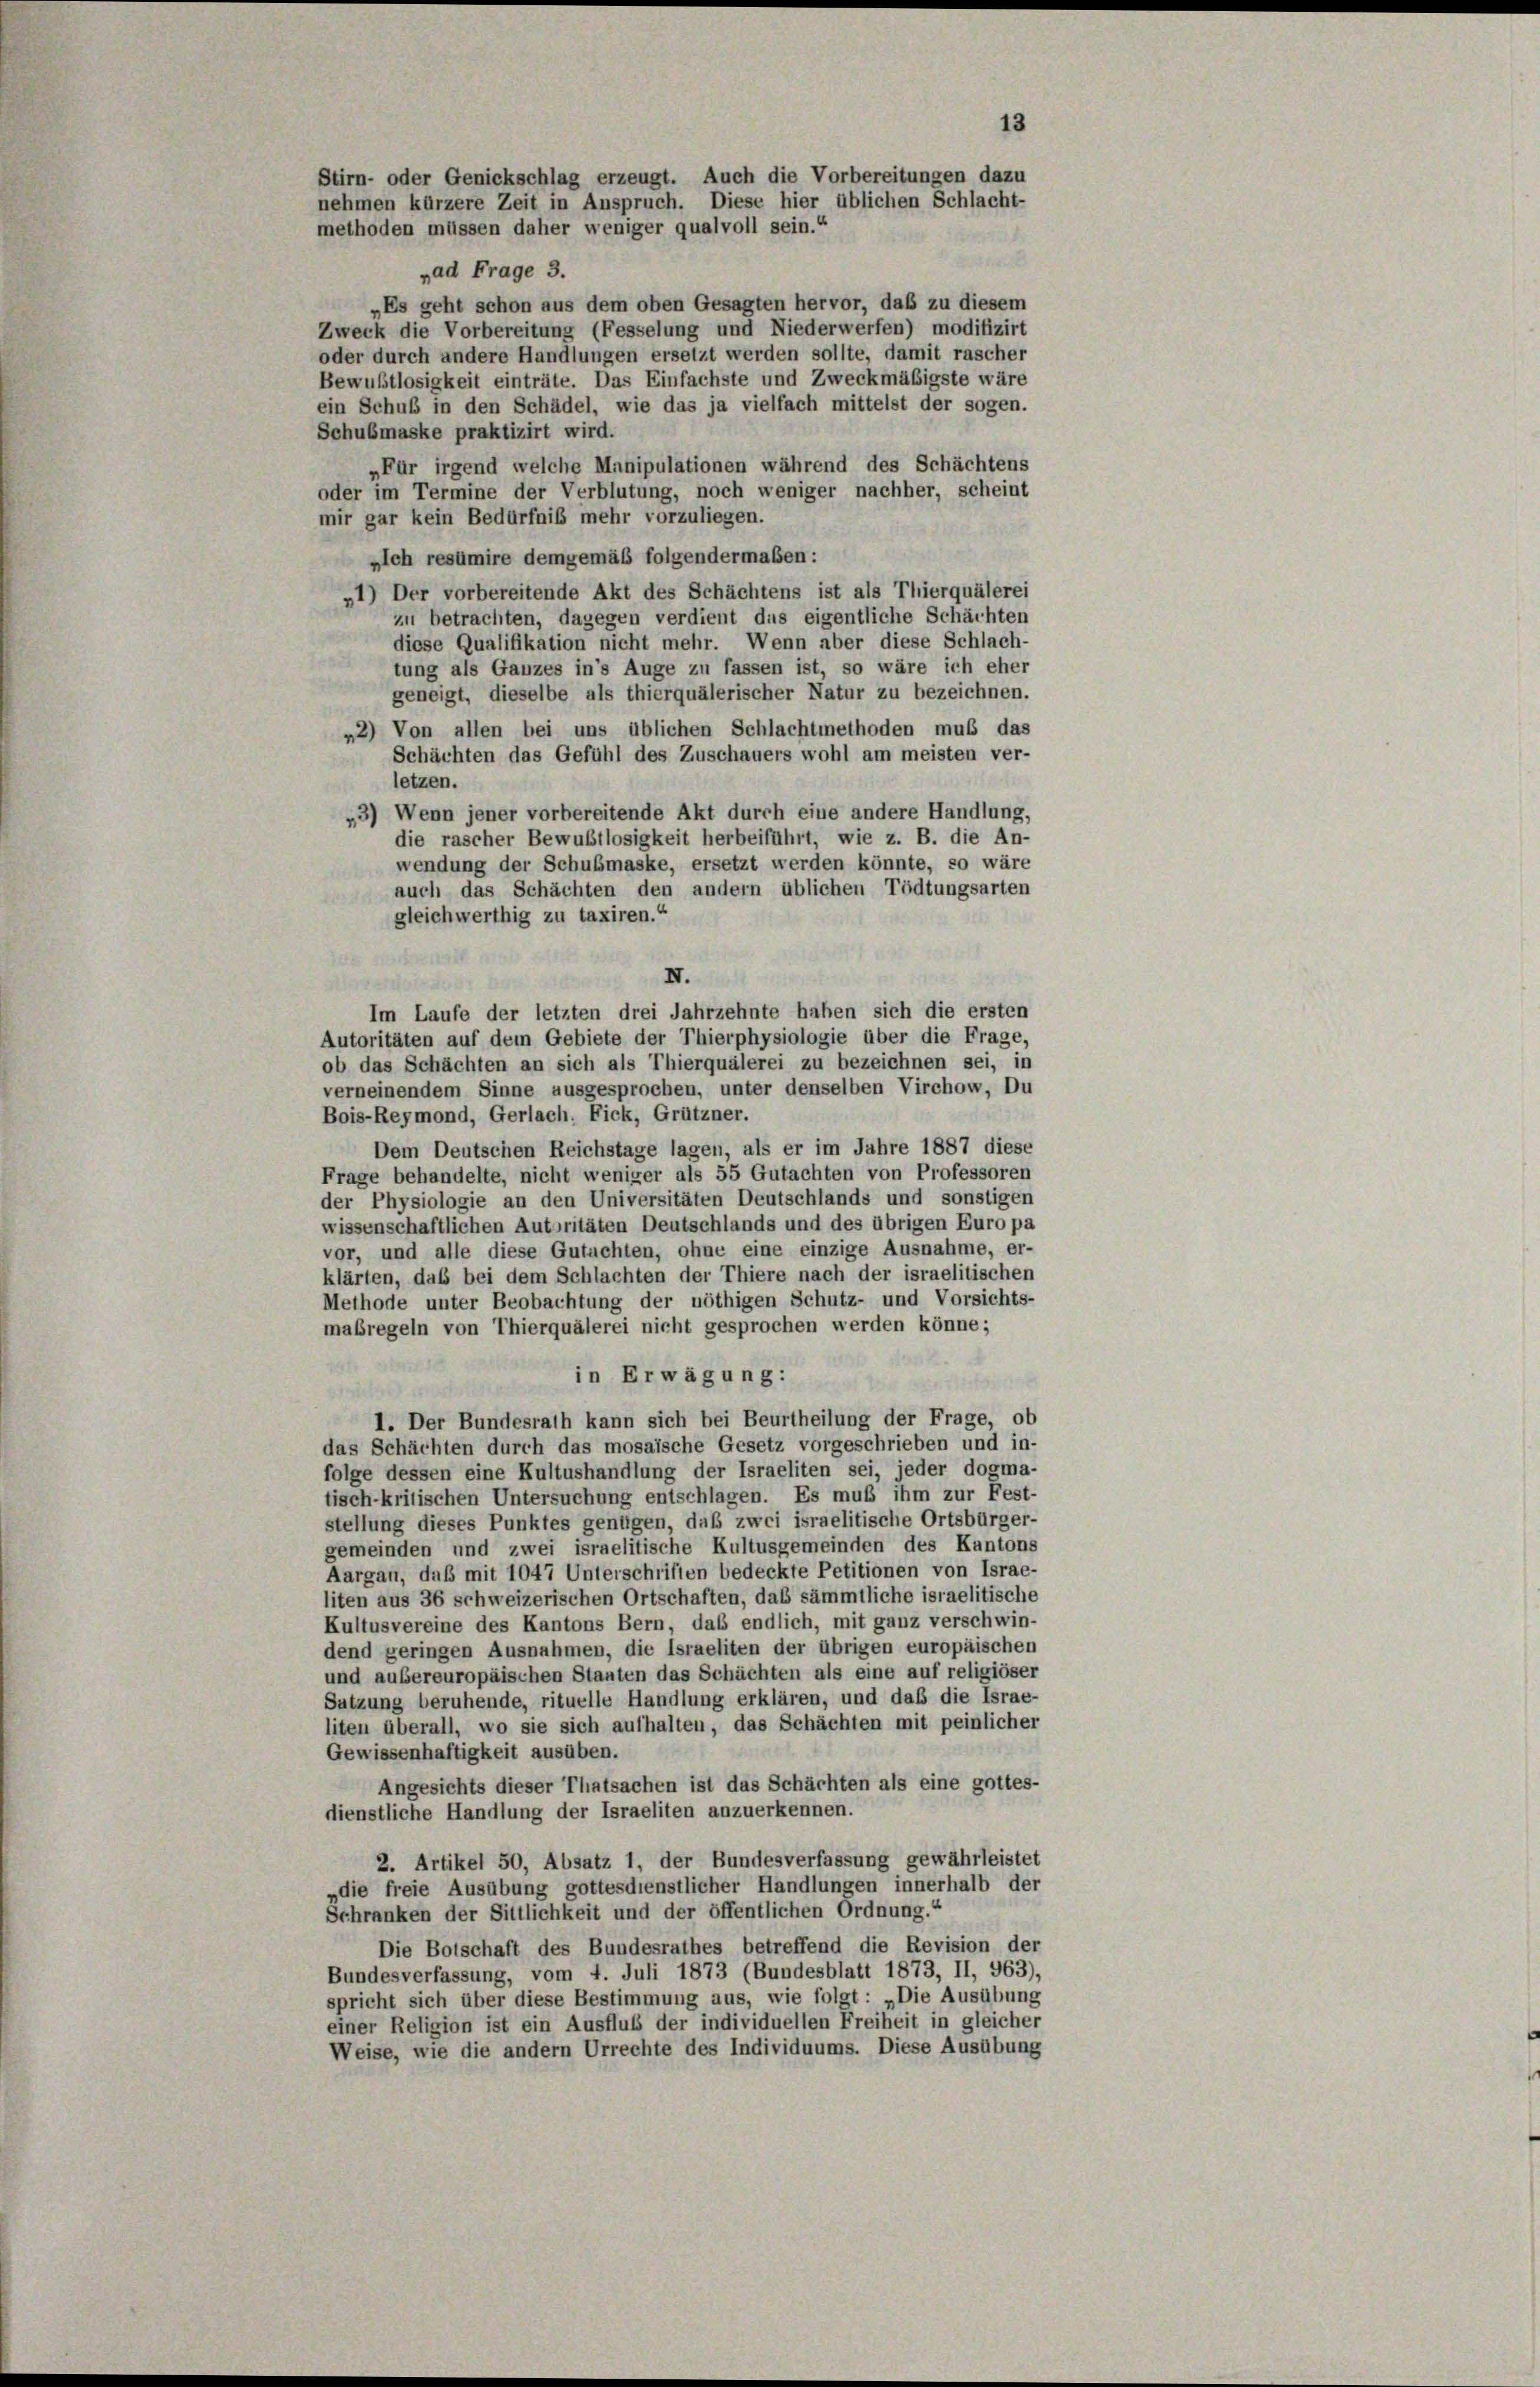
13
Stirn- oder Genickschlag erzeugt. Auch die Vorbereitungen dazu
nehmen kürzere Zeit in Anspruch. Diese hier üblichen Schlacht-
methoden müssen daher weniger qualvoll sein.“
„ad Frage 3.

„Es geht schon aus dem oben Gesagten hervor, daß zu diesem
Zweck die Vorbereitung (Fesselung und Niederwerfen) modifizirt
oder durch andere Handlungen ersetzt werden sollte, damit rascher
Bewußtlosigkeit einträte. Das Einfachste und Zweckmäßigste wäre
ein Schub in den Schädel, wie das ja vielfach mittelst der sogen.
Schubmaske praktizirt wird.
„Für irgend welche Manipulationen während des Schächtens
oder im Termine der Verblutung, noch weniger nachher, scheint
mir gar kein Bedürfniß mehr vorzuliegen.
»Ich resümire demgemäß folgendermaßen:
»1) Der vorbereitende Akt des Schächtens ist als Thierquälerei
zu betrachten, dagegen verdient dus eigentliche Schächten
diese Qualifikation nicht mehr. Wenn aber diese Schlach-
tung als Ganzes in’s Auge zu fassen ist, so wäre ich eher
geneigt, dieselbe als thierquälerischer Natur zu bezeichnen.
*2) Von allen bei uns üblichen Schlachtmethoden muß das
Schächten das Gefühl des Zuschauers wohl am meisten ver-
letzen.
"3) Wenn jener vorbereitende Akt durch eine andere Handlung,
die rascher Bewußtlosigkeit herbeiführt, wie z. B. die An-
wendung der Schubsmaske, ersetzt werden könnte, so wäre
auch das Schächten den andern üblichen Tödtungsarten
gleichwerthig zu taxiren.“
IV.
Im Laufe der letzten drei Jahrzehnte haben sich die ersten
Autoritäten auf dem Gebiete der Thierphysiologie über die Frage,
ob das Schächten an sich als Thierquälerei zu bezeichnen sei, in
verneinendem Sinne ausgesprochen, unter denselben Virchow, Du
Bois-Reymond, Gerlach. Fick, Grützner.
Dem Deutschen Reichstage lagen, als er im Jahre 1887 diese
Frage behandelte, nicht weniger als 55 Gutachten von Professoren
der Physiologie an den Universitäten Deutschlands und sonstigen
wissenschaftlichen Autoritäten Deutschlands und des übrigen Euro pa
vor, und alle diese Gutachten, ohne eine einzige Ausnahme, er-
klärten, daß bei dem Schlachten der Thiere nach der israelitischen
Methode unter Beobachtung der nöthigen Schutz- und Vorsichts-
maßregeln von Thierquälerei nicht gesprochen werden könne;
in Erwägung:
1. Der Bundesrath kann sich bei Beurtheilung der Frage, ob
das Schächten durch das mosaische Gesetz vorgeschrieben und in-
folge dessen eine Kultushandlung der Israeliten sei, jeder dogma-
tisch-krilischen Untersuchung entschlagen. Es muß ihm zur Fest-
stellung dieses Punktes genügen, daß zwei israelitische Ortsbürger-
gemeinden und zwei israelitische Kultusgemeinden des Kantons
Aargau, daß mit 1047 Unterschriften bedeckte Petitionen von Israe-
liten aus 36 schweizerischen Ortschaften, daß sämmtliche israelitische
Kultusvereine des Kantons Bern, daß endlich, mit ganz verschwin-
dend geringen Ausnahmen, die Israeliten der übrigen europäischen
und außereuropäischen Stanten das Schächten als eine auf religiöser
Satzung beruhende, rituelle Handlung erklären, und daß die Israe-
liten überall, wo sie sich aufhalten, das Schächten mit peinlicher
Gewissenhaftigkeit ausüben.
Angesichts dieser Thatsachen ist das Schächten als eine gottes-
dienstliche Handlung der Israeliten anzuerkennen.
2. Artikel 50, Absatz 1, der Bundesverfassung gewährleistet
„die freie Ausübung gottesdienstlicher Handlungen innerhalb der
Schranken der Sittlichkeit und der öffentlichen Ordnung.“
Die Botschaft des Bundesrathes betreffend die Revision der
Bundesverfassung, vom 4. Juli 1873 (Bundesblatt 1873, II, 963),
spricht sich über diese Bestimmung aus, wie folgt: „Die Ausübung
einer Religion ist ein Ausfluß der individuellen Freiheit in gleicher
Weise, wie die andern Urrechte des Individuums. Diese Ausübung